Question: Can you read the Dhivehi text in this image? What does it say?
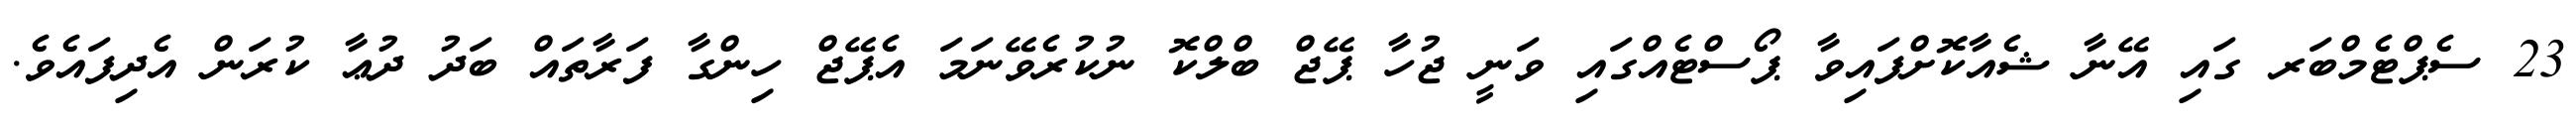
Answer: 23 ސެޕްޓެމްބަރ ގައި އޭނާ ޝެއާކޮށްފައިވާ ޕޯސްޓެއްގައި ވަނީ ޖުހާ ޕޭޖް ބްލްކޮ ނުކުރެވޭނަމަ އެޕޭޖް ހިންގާ ފަރާތައް ބަދު ދުޢާ ކުރަން އެދިފައެވެ.